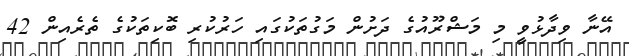
އޭނާ ވިދާޅުވީ މި މަޝްރޫއުގެ ދަށުން މަގުތަކުގައި ހަރުކުރި ބޮކިތަކުގެ ތެރެއިން 42